Annual report of lunatic asylums [Bombay] - 1912-1922
Year: 1912
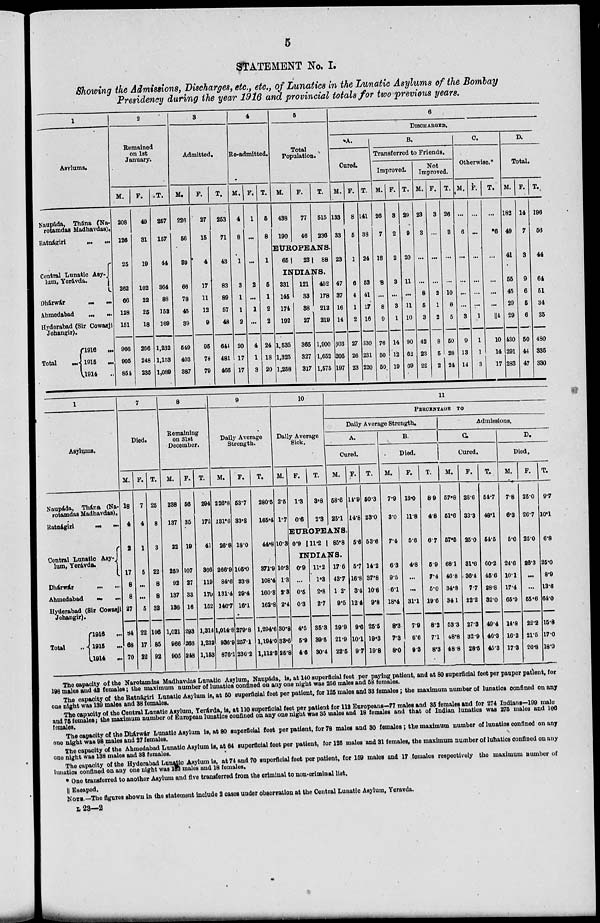
5
STATEMENT No. I.
Showing the Admissions, Discharges, etc., etc., of Lunatics in the Lunatic Asylums of the Bombay
Presidency during the year 1916 and provincial totals for two previous years.
1
Asylums.
Naupáda, Thána (Na-
rotamdas Madhavdas).
Ratnágiri ... ...
Central Lunatic Asy-
lum, Yerávda.
Dhárwár ... ...
Ahmedabad
...
...
Hyderabad (Sir Cowasji
Jehangir).
Total
...
1916
...
1915
...
1914 ...
2
Remained
on 1st
January.
M.
208
126
25
262
66
128
151
966
905
854
F.
40
31
10
102
22
25
18
266
248
235
T.
257
157
44
364
88
153
169
1,232
1,153
1,089
3
Admitted.
M.
226
56
39
66
78
45
39
549
403
387
F.
27
15
4
17
11
12
9
95
78
79
T.
253
71
43
83
89
57
48
644
481
466
4
Re-admitted.
M.
4
8
1
3
1
1
2
20
17
17
F.
1
...
...
2
...
1
...
4
1
3
T.
5
8
1
5
1
2
2
24
18
20
5
Total
Population.
M.
438
190
F.
77
46
T.
515
236
EUROPEANS.
65
23
88
INDIANS.
331
145
174
192
1,535
1,325
1,258
121
33
38
27
365
327
317
452
178
212
219
1,900
1,652
1,575
6
DISCHARGED.
A.
Cured.
M.
133
33
23
47
37
16
14
303
205
197
F.
8
5
1
6
4
1
2
27
26
23
T.
141
38
24
53
41
17
16
330
231
220
B.
Transferred to Friends.
Improved.
M.
26
7
18
8
...
8
9
76
50
50
F.
3
2
2
3
...
3
1
14
12
19
T.
29
9
20
11
...
11
10
90
62
69
Not
Improved.
M.
23
3
...
...
8
5
3
42
23
22
F.
3
...
...
...
2
1
2
8
5
2
T.
26
3
...
...
10
6
5
50
28
24
C.
Otherwise.*
M.
...
6
...
...
...
...
3
9
13
14
F.
...
...
...
...
...
...
1
1
1
3
T.
...
6
...
...
...
...
║4
10
14
17
D.
Total.
M.
182
49
41
55
45
29
29
430
291
283
F.
14
7
3
9
6
5
6
50
44
47
T.
196
56
44
64
51
34
35
480
335
330
1
Asylums.
Naupáda, Thána (Na-
rotamdas Madhavdas).
Ratnágiri
...
...
Central Lunatic Asy-
lum, Yerávda.
Dhárwár ... ...
Ahmedabad ... ...
Hyderabad (Sir Cowasji
Jehangir).
Total ...
1916 ...
1915 ...
1914
...
7
Died.
M.
18
4
2
17
8
8
27
84
68
70
F.
7
4
1
5
...
...
5
22
17
22
T.
25
8
3
22
8
8
32
106
85
92
8
Remaining
on 31st
December.
M.
238
137
22
259
92
137
136
1,021
966
905
F.
56
35
19
107
27
33
16
293
266
248
T.
294
172
41
366
119
170
152
1,314
1,232
1,153
9
Daily Average
Strength.
M.
226.8
131.6
26.8
266.9
84.6
131.4
146.7
1,014.8
936.9
876.1
F.
53.7
33.8
18.0
105.0
23.8
29.4
16.1
279.8
257.1
236.2
T.
280.5
165.4
44.8
371.9
108.4
160.8
162.8
1,294.6
1,194.0
1,112.3
10
Daily Average
Sick.
M.
2.5
1.7
10.3
10.3
1.3
2.3
2.4
30.8
33.6
25.8
F.
1.3
0.6
T.
3.8
2.3
11
PERCENTAGE TO
Daily Average Strength.
A.
Cured.
M.
58.6
25.1
EUROPEANS.
0.9 11.2
85.8
INDIANS.
0.9
...
0.5
0.3
4.5
5.9
4.6
11.2
1.3
2.8
2.7
35.3
30.5
30.4
17.6
43.7
1 2.
9.5
29.9
21.9
22.5
F.
14.9
14.8
5.6
5.7
16.8
3.4
12.4
9.6
10.1
9.7
T.
50.3
23.0
53.6
14.2
37.8
10.6
9.8
25.5
19.3
19.8
B.
Died.
M.
7.9
3.0
7.4
6.3
9.5
6.1
18.4
8.3
7.3
8.0
F.
13.0
11.8
5.6
4.8
...
...
31.1
7.9
6.6
9.3
T.
8.9
4.8
6.7
5.9
7.4
5.0
19.6
8.2
7.1
8.3
Admissions.
C.
Cured.
M.
57.8
51.6
57.5
68.1
46.8
34.8
34.1
53.3
48.8
48.8
F.
28.6
33.3
25.0
31.6
36.4
7.7
22.2
27.3
32.9
28.5
T.
54.7
48.1
54.5
60.2
45.6
28.8
32.0
49.4
46.3
45.3
D.
Died.
M.
7.8
6.3
5.0
24.6
10.1
17.4
65.9
14.8
16.2
17.3
F.
25.0
26.7
25.0
26.3
...
...
55.6
22.2
21.5
26.8
T.
9.7
10.1
6.8
25.0
8.9
13.6
64.0
15.8
17.0
18.9
The capacity of the Narotamdas Madhavdas Lunatic Asylum. Naupáda, is, at 140 superficial feet per paying patient, and at 80 superficial feet per pauper patient, for
198 males and 42 females; the maximum number of lunatics confined on any one night was 256 males and 58 females.
The capacity of the Ratnágiri Lunatic Asylum is, at 50 superficial feet per patient, for 125 males and 33 females; the maximum number of lunatics confined on any
one night was 139 males and 38 females.
The capacity of the Central Lunatic Asylum, Yerávda, is, at 110 superficial feet per patient for 112 Europeans—77 males and 35 females and for 274 Indians—199 male
and 75 females; the maximum number of European lunatics conflned on any one night was 35 males and 18 females and that of Indian lunatics was 275 males and 106
females.
The capacity of the Dhárwár Lunatic Asylum is, at 80 superficial feet per patient, for 78 males and 30 females; the maximum number of lunatics confined on any
one night was 98 males and 27 females.
The capacity of the Ahmedabad Lunatic Asylum is, at 64 superficial feet per patient, for 125 males and 31 females, the maximum number of lunatics confined on any
one night was 138 males and 38 females.
The capacity of the Hyderabad Lunatic Asylum is, at 74 and 70 superficial feet per patient, for 159 males and 17 females respectively the maximum number of
lunatics confined on any one night was 153 males and 18 females.
* One transferred to another Asylum and five transferred from the criminal to non-criminal list.
║Escaped.
NOTE—The figures shown in the statement include 2 cases under observation at the Central Lunatic Asylum, Yeravda.
L 23—2